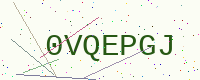
Text: 0VQEPGJ